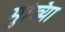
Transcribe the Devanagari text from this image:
मुख्यिा